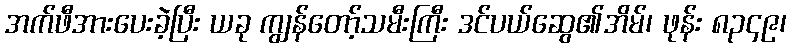
အက်ဖီအားပေးခဲ့ပြီး ယခု ကျွန်တော့်သမီးကြီး ဒင်ပယ်ဆွေ၏အိမ်၊ ဖုန်း ၈၃၄၉၊